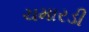
ચમારડી